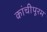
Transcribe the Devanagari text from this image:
कांचीपूरम